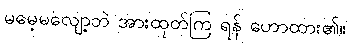
မမေ့မလျော့ဘဲ အားထုတ်ကြ ရန် ဟောထား၏။